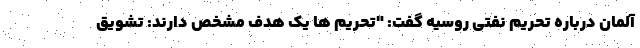
آلمان درباره تحریم نفتی روسیه گفت: "تحریم ها یک هدف مشخص دارند: تشویق